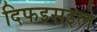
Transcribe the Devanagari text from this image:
दिफइसइले